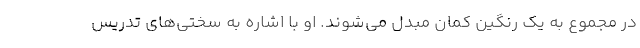
در مجموع به یک رنگین کمان مبدل می‌شوند. او با اشاره به سختی‌های تدریس